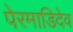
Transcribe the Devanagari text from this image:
पेरमाडिदेव